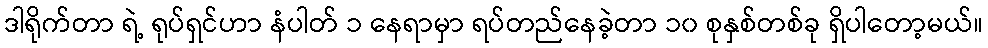
ဒါရိုက်တာ ရဲ့ ရုပ်ရှင်ဟာ နံပါတ် ၁ နေရာမှာ ရပ်တည်နေခဲ့တာ ၁၀ စုနှစ်တစ်ခု ရှိပါတော့မယ်။